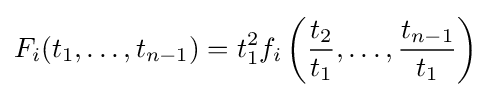
F_{i}(t_{1},\ldots ,t_{n-1})=t_{1}^{2}f_{i}\left({\frac {t_{2}}{t_{1}}},\ldots ,{\frac {t_{n-1}}{t_{1}}}\right)